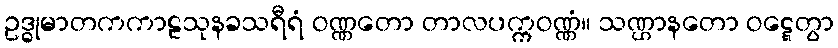
ဥဒ္ဓုမာတကကာဠသုနခသရီရံ ဝဏ္ဏတော တာလပက္ကဝဏ္ဏံ။ သဏ္ဌာနတော ဝဋ္ဋေတွာ